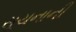
સૂચનાની